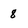
Character: 8